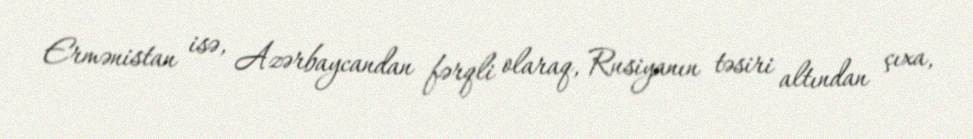
Ermənistan isə, Azərbaycandan fərqli olaraq, Rusiyanın təsiri altından çıxa,